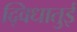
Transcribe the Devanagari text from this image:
द्विधातुई